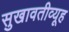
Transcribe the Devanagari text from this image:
सुखावतीव्यूह